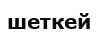
шеткей